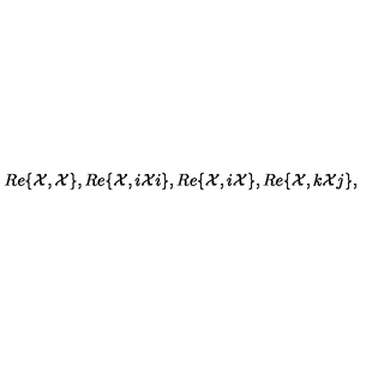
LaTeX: R e \{ { \cal X } , { \cal X } \} , R e \{ { \cal X } , i { \cal X } i \} , R e \{ { \cal X } , i { \cal X } \} , R e \{ { \cal X } , k { \cal X } j \} ,